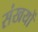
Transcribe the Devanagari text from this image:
संखयों